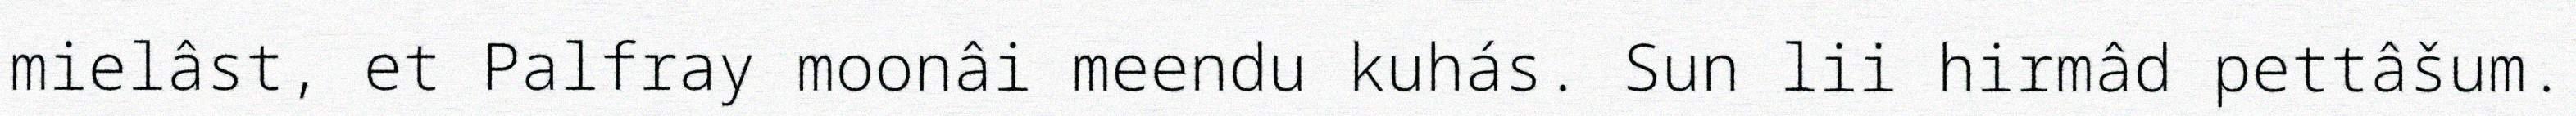
mielâst, et Palfray moonâi meendu kuhás. Sun lii hirmâd pettâšum.